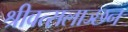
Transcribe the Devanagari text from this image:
श्रीवत्सलाञ्छन